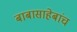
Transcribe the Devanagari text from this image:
बाबासाहेबांच